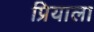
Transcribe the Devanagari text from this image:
प्रियाला